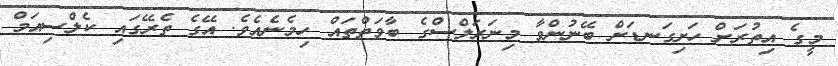
މީގެ އިތުރަށް ހަށިގަނޑަށް ބޭނުންވާ މިނަރަލްސްގެ ބާވަތްތައް ހިމެނެއެވެ. އޭގެ ތެރޭގައި ކެލްސިއަމް